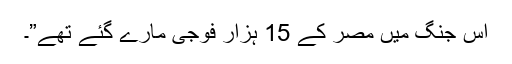
اس جنگ میں مصر کے 15 ہزار فوجی مارے گئے تھے”۔